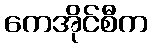
ကေအိုင်စီက